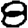
Digit: 8